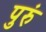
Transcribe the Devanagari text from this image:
पुरुं